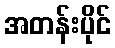
အတန်းပိုင်